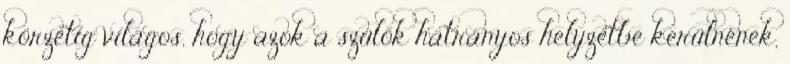
körzetig világos, hogy azok a szülők hátrányos helyzetbe kerülnének,